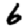
Digit: 6